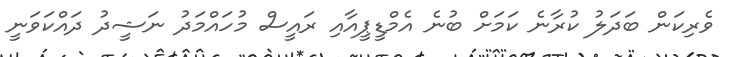
ވެރިކަން ބަދަލު ކުރާނެ ކަމަށް ބުނެ އެމްޑީޕީއާއި ރައީސް މުހައްމަދު ނަޝީދު ދައްކަވަނީ